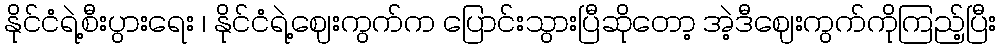
နိုင်ငံရဲ့စီးပွားရေး ၊ နိုင်ငံရဲ့ဈေးကွက်က ပြောင်းသွားပြီဆိုတော့ အဲ့ဒီဈေးကွက်ကိုကြည့်ပြီး